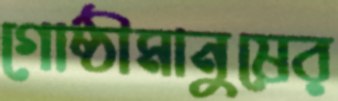
গোষ্ঠীমানুষের